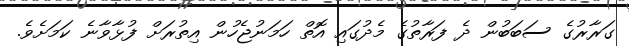
ގަރާރުގެ ސަބަބުން ދެ ފަރާތުގެ މެދުގައި އޮތް ހަމަނުޖެހުން އިތުރަށް ފުޅާވާނެ ކަމަށެވެ.